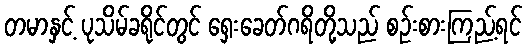
တမာနှင့် ပုသိမ်ခရိုင်တွင် ရှေးခေတ်ဂရိတို့သည် စဉ်းစားကြည့်ရင်